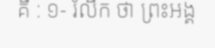
គឺ : ១- រំលឹក ថា ព្រះអង្គ